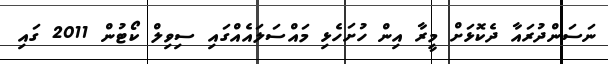
ނަސަންދުރައާ ދެކޮޅަށް މީރާ އިން ހުށަހެޅި މައްސަލައެއްގައި ސިވިލް ކޯޓުން 2011 ގައި